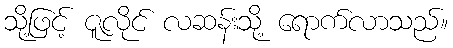
သို့ဖြင့် ဇူလိုင် လဆန်းသို့ ရောက်လာသည်။